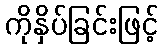
ကိုနှိပ်ခြင်းဖြင့်